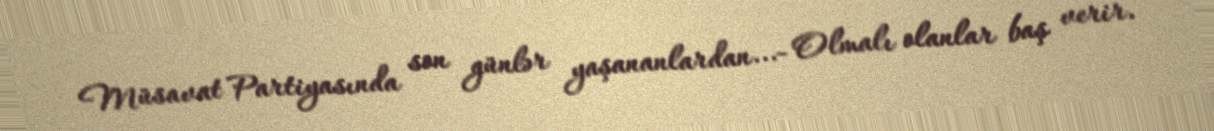
Müsavat Partiyasında son günlər yaşananlardan...- Olmalı olanlar baş verir.